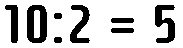
10:2 = 5